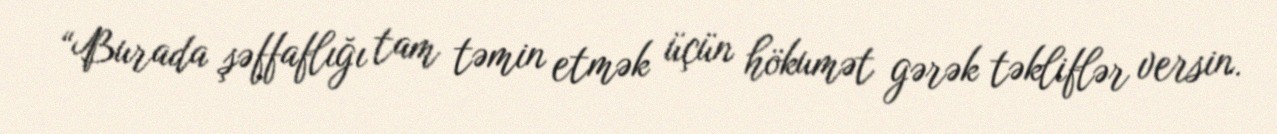
“Burada şəffaflığı tam təmin etmək üçün hökumət gərək təkliflər versin.